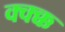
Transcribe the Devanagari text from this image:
क्क्क्क